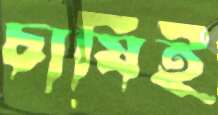
চাষিই